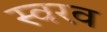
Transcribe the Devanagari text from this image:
स्वरव